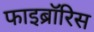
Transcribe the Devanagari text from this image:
फाइब्रॉरिस